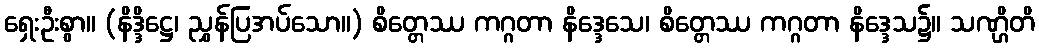
ရှေးဦးစွာ။ (နိဒ္ဒိဋ္ဌေ၊ ညွှန်ပြအပ်သော။) စိတ္တေဿ ကဂ္ဂတာ နိဒ္ဒေသေ၊ စိတ္တေဿ ကဂ္ဂတာ နိဒ္ဒေသ၌။ သဏ္ဌိတိ